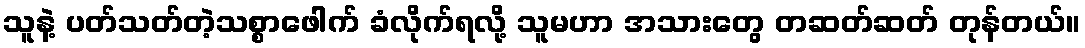
သူနဲ့ ပတ်သတ်တဲ့သစ္စာဖေါက် ခံလိုက်ရလို့ သူမဟာ အသားတွေ တဆတ်ဆတ် တုန်တယ်။